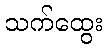
သက်ထွေး